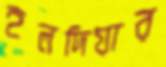
হলদিয়ার